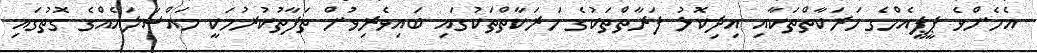
އެހެންވެ ޕީޕީއެމްގެ ހަރަކާތްތަކާއި އިދިކޮޅު ފަރާތްތަކުގެ ހަރަކާތްތަކުގައި ބައިވެރިވުން ތަފާތުކުރުމަކީ މައްސަލައެއްގެ ގޮތުގައި